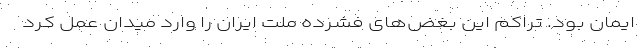
ایمان بود. تراکم این بغض‌های فشرده ملت ایران را وارد میدان عمل کرد